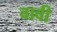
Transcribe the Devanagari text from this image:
वावी